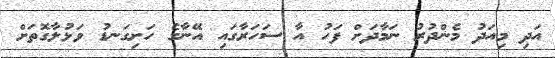
އަދި މިއަދު މެންދުރު ނަމާދަށް ފަހު އާ ސަހަރާގައި އޭނާގެ ހަށިގަނޑު ވަޅުލާގޮތަށް